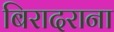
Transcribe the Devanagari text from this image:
बिरादराना